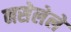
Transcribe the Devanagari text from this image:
नसेलेले